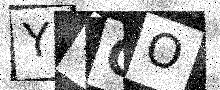
Text: Y4OO